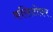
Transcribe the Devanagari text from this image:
करिस्टोफर